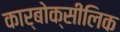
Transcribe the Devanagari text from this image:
कार्बोक्सीलिक